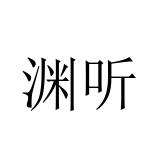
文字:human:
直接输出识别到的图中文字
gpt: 渊听